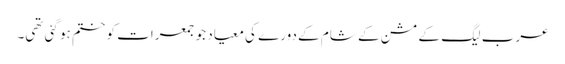
عرب لیگ کے مشن کے شام کے دورے کی معیاد جو جمعرات کو ختم ہو گئی تھی۔